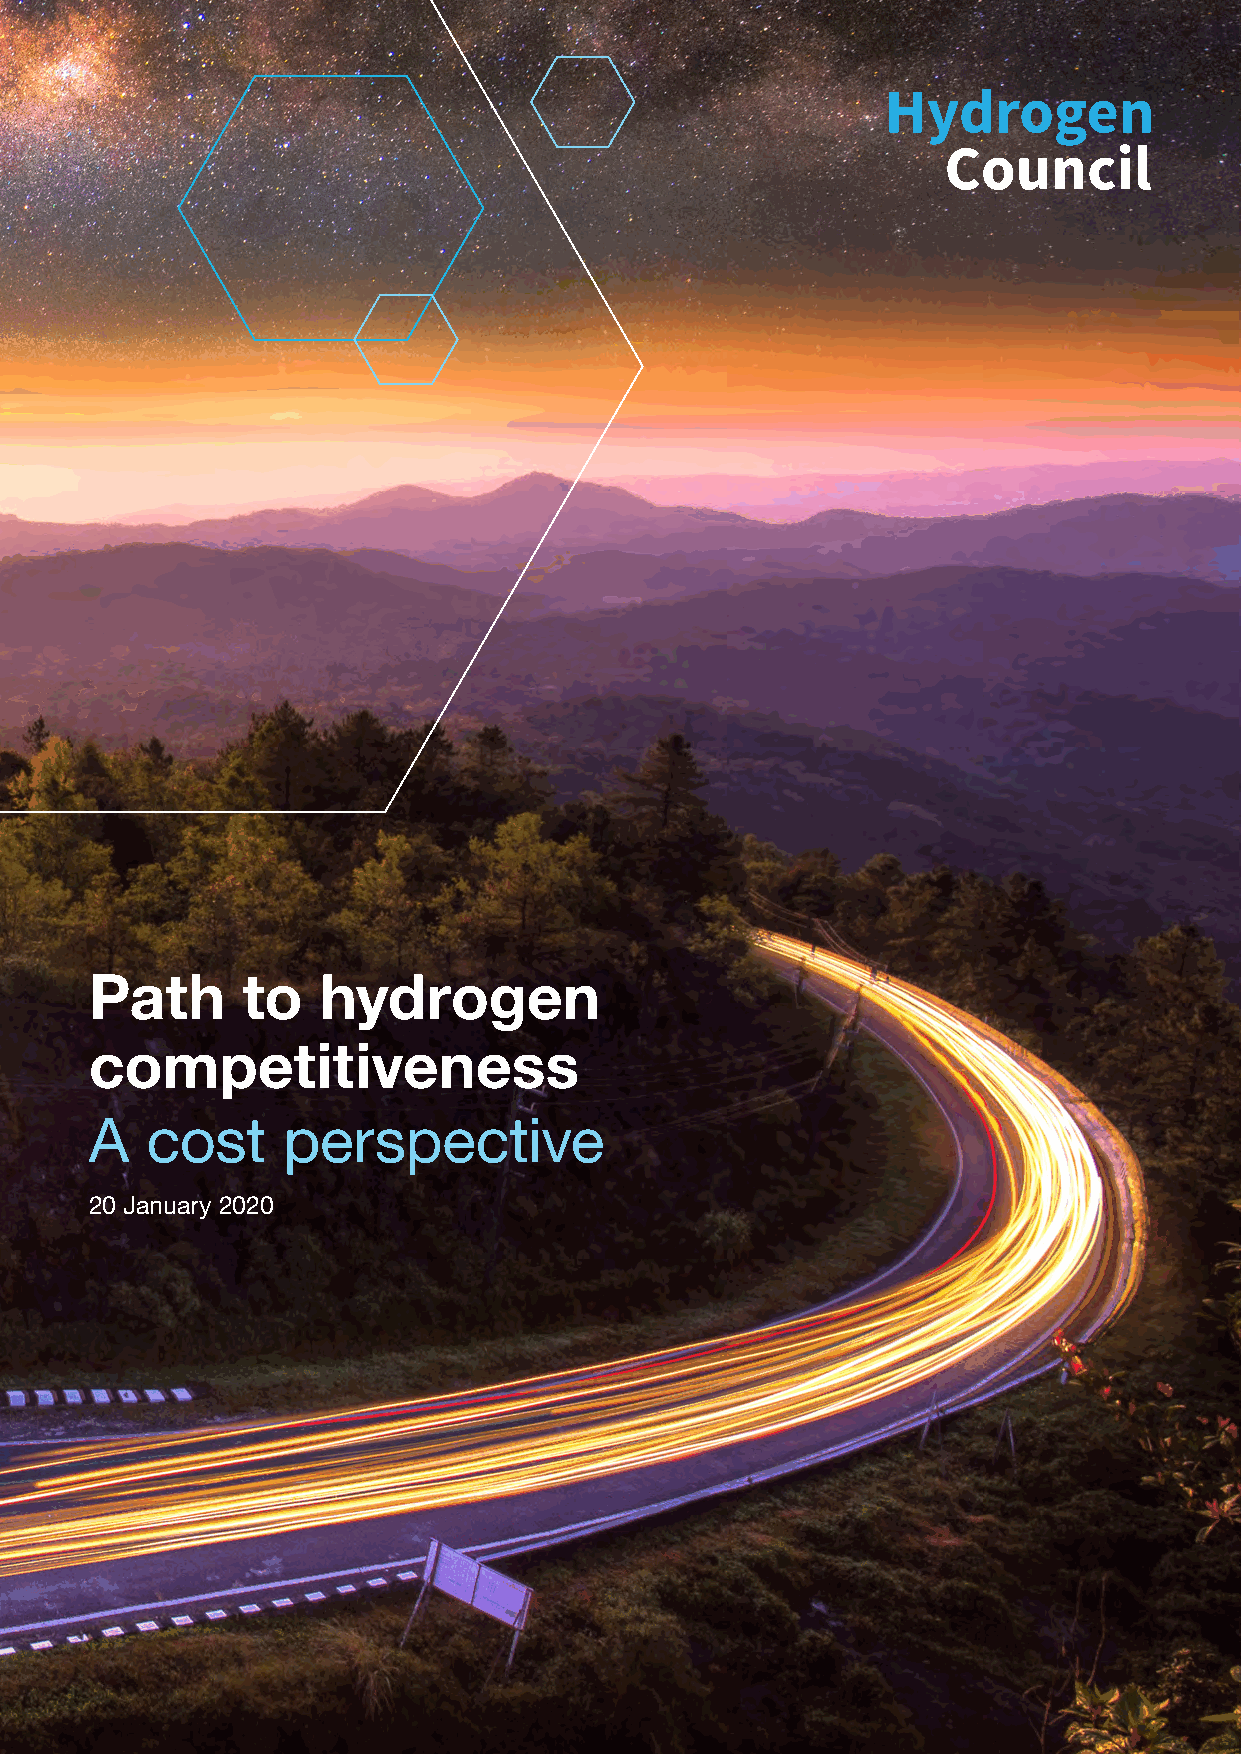
Path      to   hydrogen
 competitiveness
 A   cost     perspective
 20 January 2020